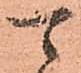
可